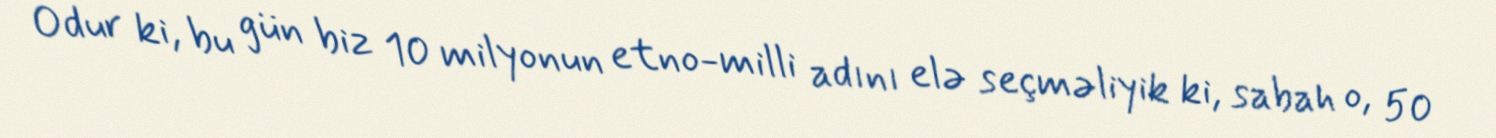
Odur ki, bu gün biz 10 milyonun etno-milli adını elə seçməliyik ki, sabah o, 50